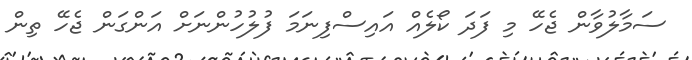
ސަމާލުވާން ޖެހޭ މި ފަދަ ކޯލެއް އައިސްފިނަމަ ފުލުހުންނަށް އަންގަން ޖެހޭ ތިން